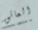
العائق